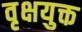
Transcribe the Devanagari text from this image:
वृक्षयुक्त